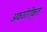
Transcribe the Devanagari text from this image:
अकठोरीकृत